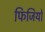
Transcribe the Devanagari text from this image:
फिजियो